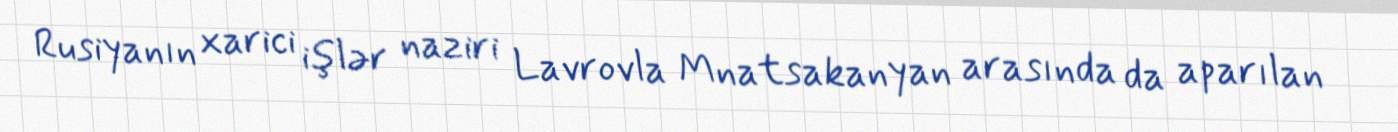
Rusiyanın xarici işlər naziri Lavrovla Mnatsakanyan arasında da aparılan